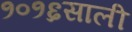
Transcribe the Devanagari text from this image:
१०१६साली